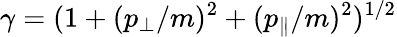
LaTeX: \gamma=(1+(p_{\perp}/m)^{2}+(p_{\parallel}/m)^{2})^{1/2}